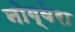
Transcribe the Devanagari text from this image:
नोग्वेरा